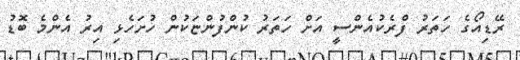
ރޭޑިއޯގެ ހަތަރު ފްރެކުއެންސީ އަށް ހަތަރު ކުންފުންޏަކުން ހުށަހެޅި އިރު އެންމެ ބޮޑު